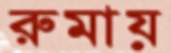
রুমায়